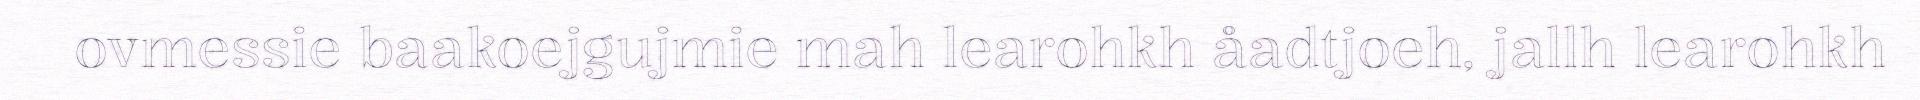
ovmessie baakoejgujmie mah learohkh åadtjoeh, jallh learohkh